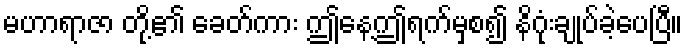
မဟာရာဇာ တို့၏ ခေတ်ကား ဤနေ့ဤရက်မှစ၍ နိဂုံးချုပ်ခဲ့ပေပြီ။